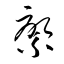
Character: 綮